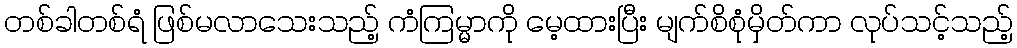
တစ်ခါတစ်ရံ ဖြစ်မလာသေးသည့် ကံကြမ္မာကို မေ့ထားပြီး မျက်စိစုံမှိတ်ကာ လုပ်သင့်သည့်